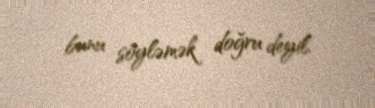
bunu söyləmək doğru deyil.